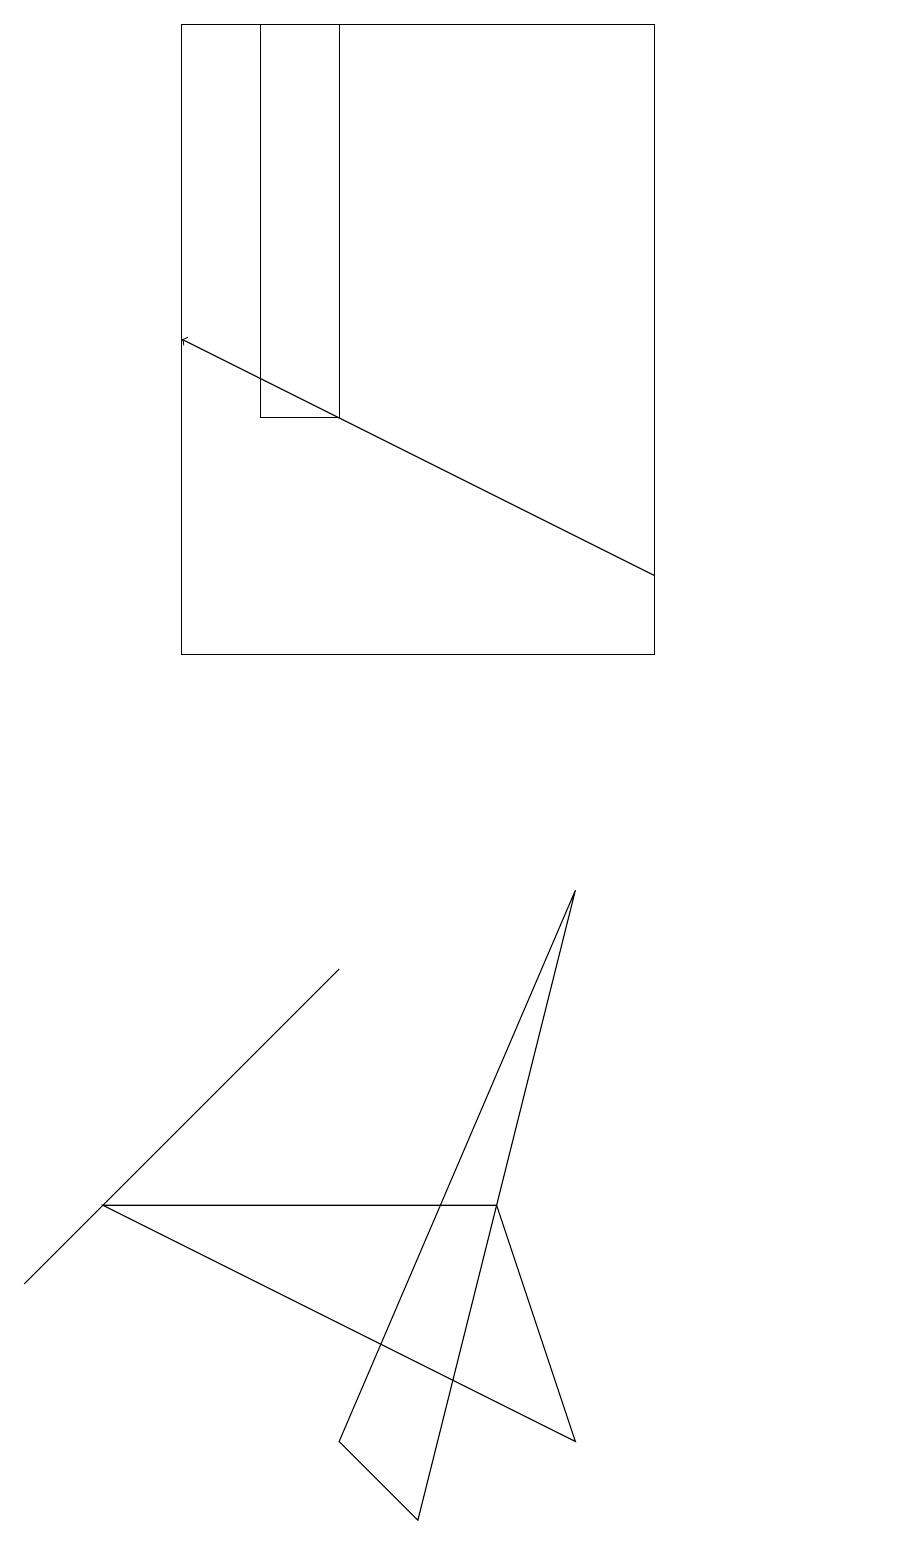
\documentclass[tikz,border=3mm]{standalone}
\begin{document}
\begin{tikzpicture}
\draw (4,14) rectangle (3,19);
\draw (6,4) -- (1,4) -- (7,1) -- cycle;
\draw[->] (8,12) -- (2,15);
\draw (2,11) rectangle (8,19);
\draw (1,4) -- (0,3) -- (4,7) -- cycle;
\draw (11,11) circle (0);
\draw (4,1) -- (7,8) -- (5,0) -- cycle;
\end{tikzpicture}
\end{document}